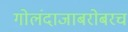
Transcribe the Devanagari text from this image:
गोलंदाजाबरोबरच